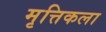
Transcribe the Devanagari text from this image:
मृत्तिकला